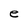
Character: e